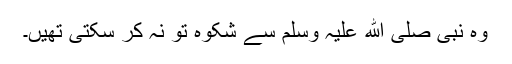
وہ نبی صلی ﷲ علیہ وسلم سے شکوہ تو نہ کر سکتی تھیں۔